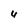
Character: 4